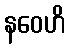
နဝေဟိ